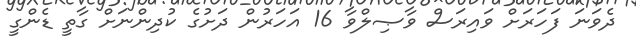
ދެވަނަ ފަހަރަށް ވައިރަސް ވާޞިލްވާ 16 އަހަރުން ދަށުގެ ކުދިންނަށް ގާތީ ޑެންގީ